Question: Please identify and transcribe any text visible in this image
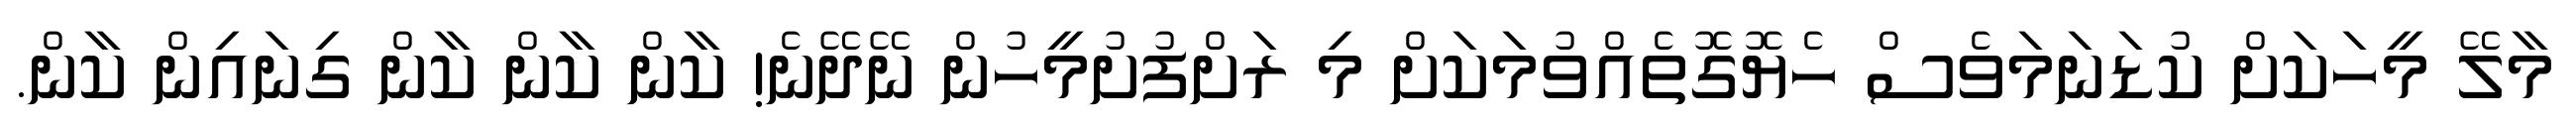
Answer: މާލޭ މީހަކަށް ކުޑަނަމަވެސް ހެޔޮގޮތެއްވުމަކަށް މި ރަށްފުށުމީހުން ނޭދޭނެ! ކާން ކާން ކާން ގިނައިން ކާން.